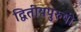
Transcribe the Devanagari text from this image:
द्वितीयपुरुषी